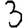
Digit: 3